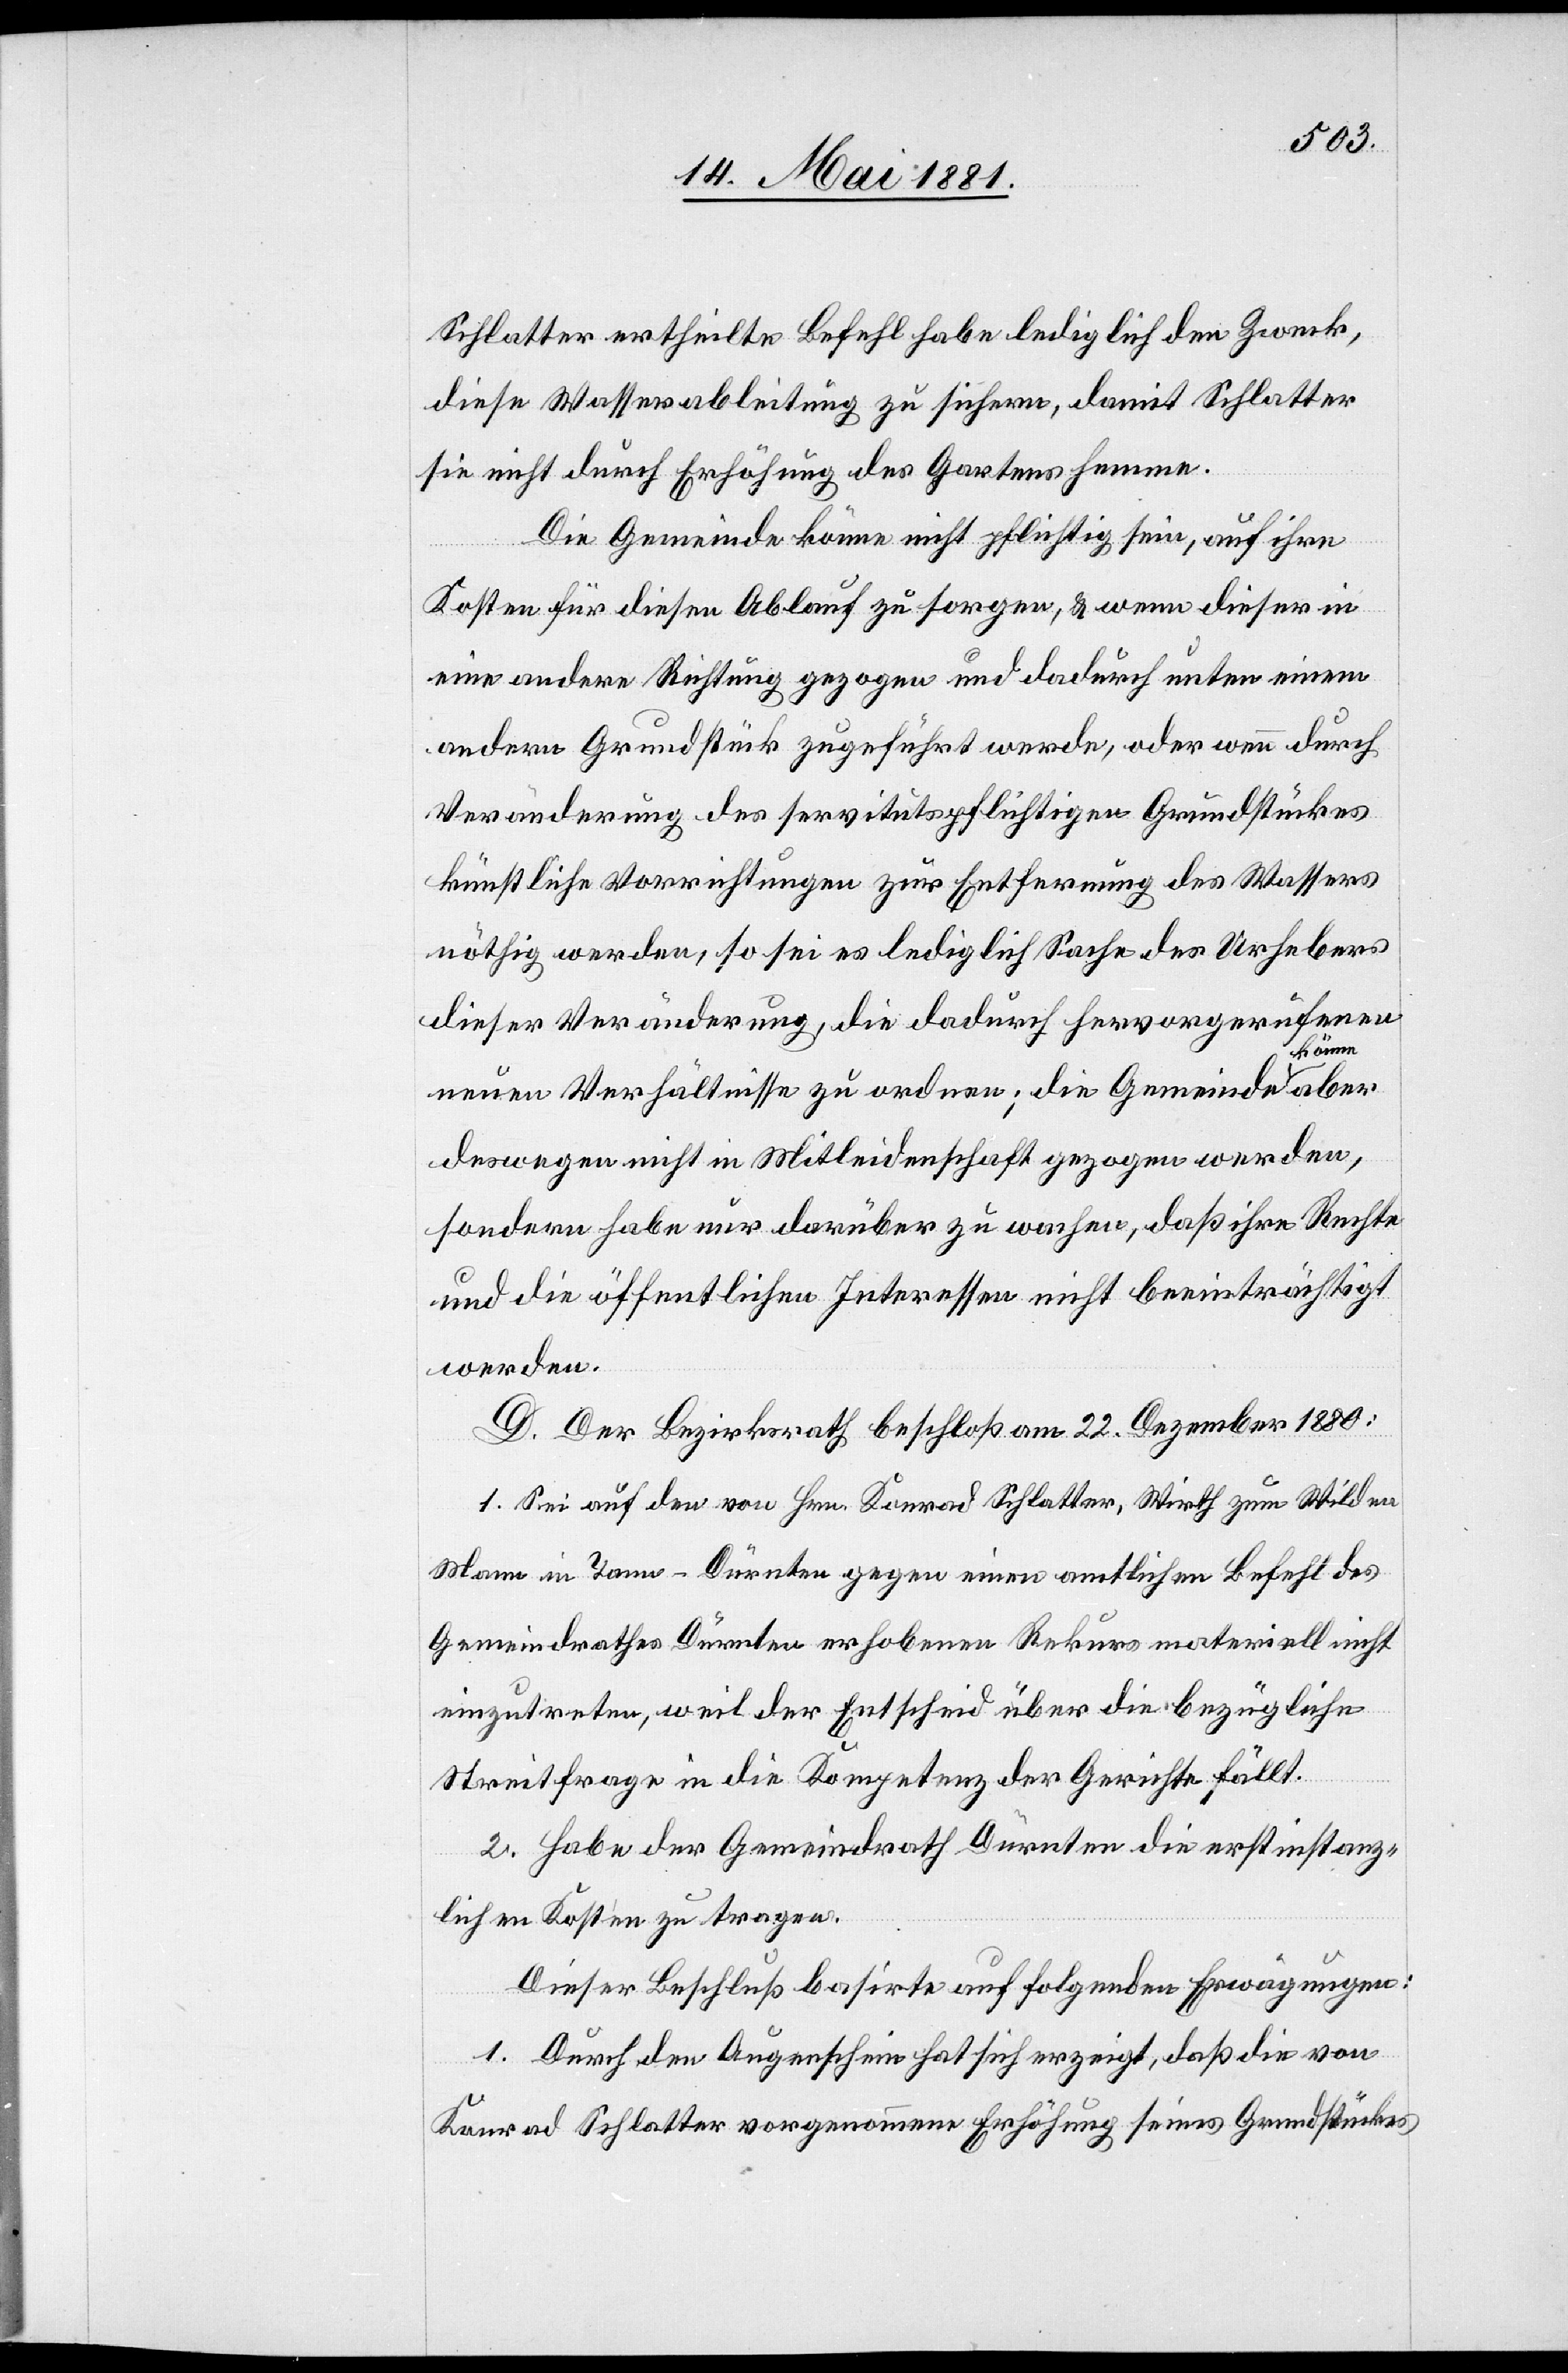
Schlatter ertheilte Befehl habe lediglich den Zweck,
diese Wasserableitung zu sichern, damit Schlatter
sie nicht durch Erhöhung des Gartens hemme.
Die Gemeinde könne nicht pflichtig sein, auf ihre
aber
Kosten für diesen Ablauf zu sorgen, & wenn dieser in
eine andere Richtung gezogen und dadurch unten einem
andern Grundstück zugeführt werde, oder wenn durch
Veränderung des servitutspflichtigen Grundstückes
künstliche Vorrichtungen zur Entfernung des Wassers
nöthig werden, so sei es lediglich Sache des Urhebers
dieser Veränderung, die dadurch hervorgerufenen
könne
neuen Verhältnisse zu ordnen; die Gemeinde
deswegen nicht in Mitleidenschaft gezogen werden,
sondern habe nur darüber zu wachen, daß ihre Rechte
und die öffentlichen Interessen nicht beeinträchtigt
werden.
D. Der Bezirksrath beschloß am 22. Dezember 1880:
1. Sei auf den von Hrn. Konrad Schlatter, Wirth zum Wilden
Mann in Tann - Dürnten gegen einen amtlichen Befehl des
Gemeindrathes Dürnten erhobenen Rekurs materiell nicht
einzutreten, weil der Entscheid über die bezügliche
Streitfrage in die Kompetenz der Gerichte fällt.
2. Habe der Gemeindrath Dürnten die erstinstanz¬
lichen Kosten zu tragen.
Dieser Beschluß basirte auf folgenden Erwägungen:
1. Durch den Augenschein hat sich erzeigt, daß die von
Konrad Schlatter vorgenommene Erhöhung seines Grundstückes